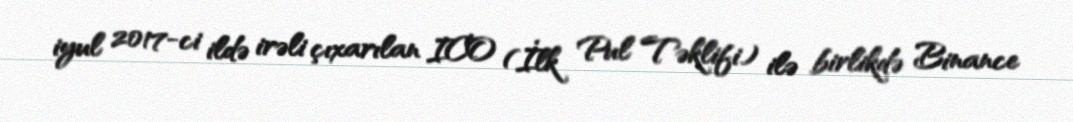
iyul 2017-ci ildə irəli çıxarılan ICO (İlk Pul Təklifi) ilə birlikdə Binance